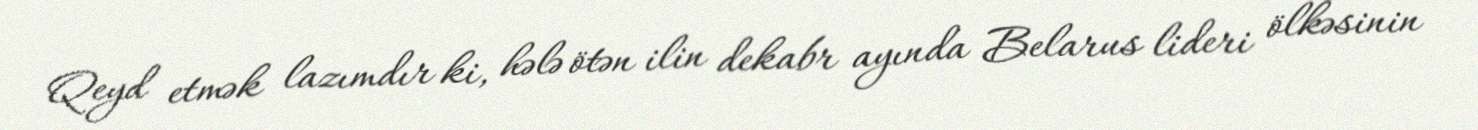
Qeyd etmək lazımdır ki, hələ ötən ilin dekabr ayında Belarus lideri ölkəsinin